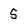
Character: 5